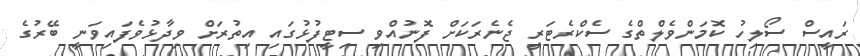
ރައީސް ސޯލިހު ކޮމަންވެލްތްގެ ސެކްރެޓަރީ ޖެނެރަކަށް ފޮނުއްވި ސިޓީފުޅުގައި އިތުރަށް ވިދާޅުވެފައިވަނީ ބޭރުގެ